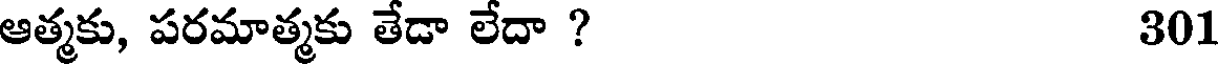
ఆత్మకు, పరమాత్మకు తేడా లేదా ? 301